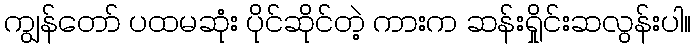
ကျွန်တော် ပထမဆုံး ပိုင်ဆိုင်တဲ့ ကားက ဆန်းရှိုင်းဆလွန်းပါ။